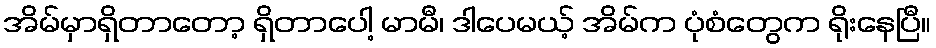
အိမ်မှာရှိတာတော့ ရှိတာပေါ့ မာမီ၊ ဒါပေမယ့် အိမ်က ပုံစံတွေက ရိုးနေပြီ။